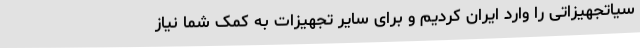
سیاتجهیزاتی را وارد ایران کردیم و برای سایر تجهیزات به کمک شما نیاز